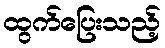
ထွက်ပြေးသည့်